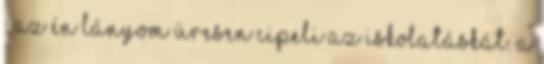
: Az én lányom üresen cipeli az iskolatáskát. A